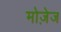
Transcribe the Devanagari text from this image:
मोज़ेज